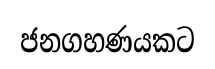
ජනගහණයකට